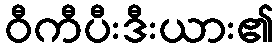
ဝီကီပီးဒီးယား၏